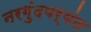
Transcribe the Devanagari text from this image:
नरगुंदपर्यंत